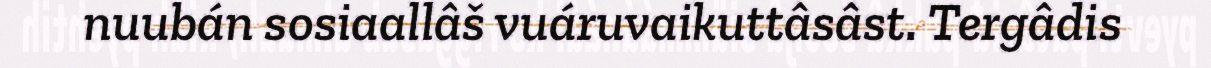
nuubán sosiaallâš vuáruvaikuttâsâst. Tergâdis